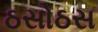
ઠસોઠસ